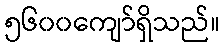
၅၆၀၀ကျော်ရှိသည်။